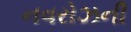
નવરોઝની